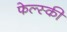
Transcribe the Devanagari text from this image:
फेल्स्की